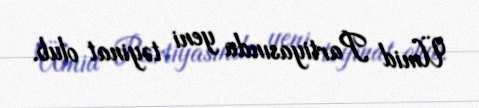
Ümid Partiyasında yeni təyinat olub.